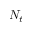
N _ { t }